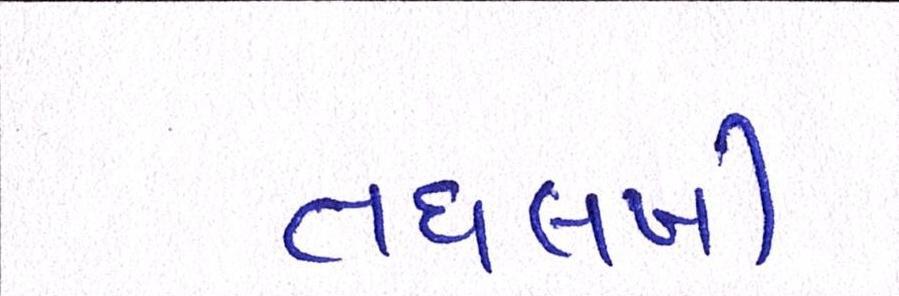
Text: તઘલખી